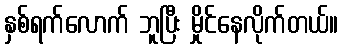
နှစ်ရက်လောက် ဘူပြီး မှိုင်နေလိုက်တယ်။